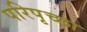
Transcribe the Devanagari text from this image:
परिपृच्छा